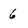
Character: 6